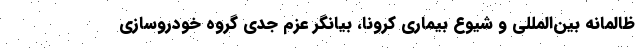
ظالمانه بین‌المللی و شيوع بيماري كرونا، بيانگر عزم جدي گروه خودروسازي